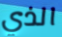
الذي